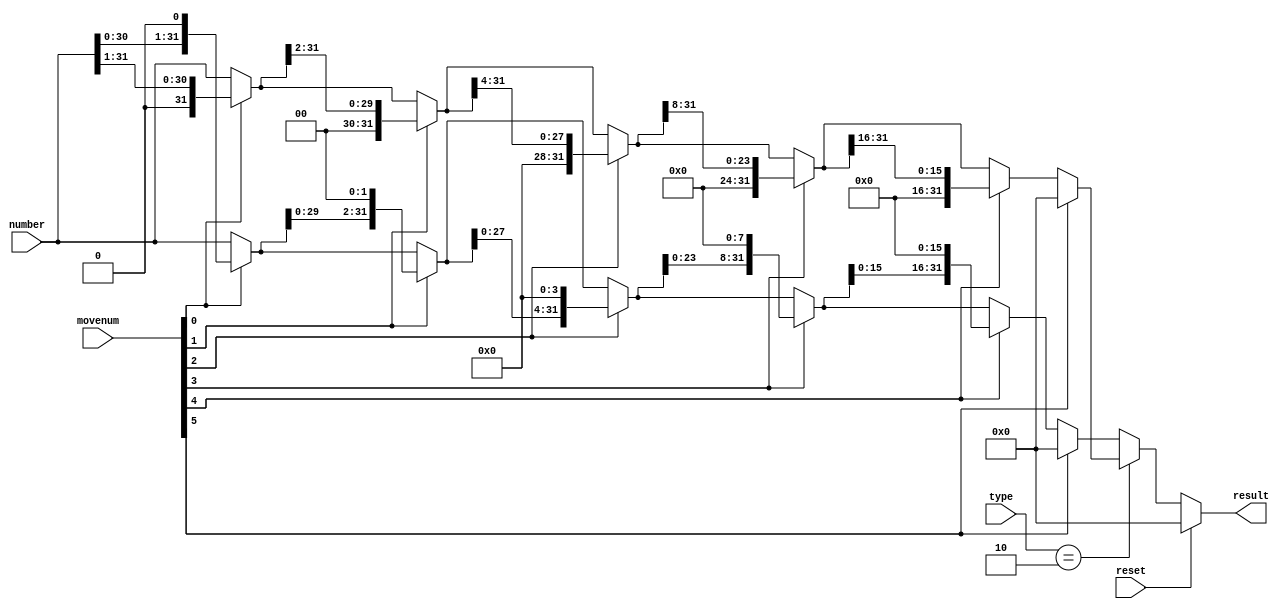
`timescale 1ns/ 1ns
module SHIFT( type,number, movenum, result,reset  ) ;

input[31:0] number,movenum ;
input[5:0] type ;
input reset ;
output[31:0] result ;
wire[31:0] number,movenum ;
wire[5:0] type ;
wire[31:0] leftresult, rightresult ;
wire[31:0] lefttemp0, lefttemp1,lefttemp2,lefttemp3,lefttemp4,lefttemp5 ;
wire[31:0] righttemp0, righttemp1,righttemp2,righttemp3,righttemp4,righttemp5 ; 
wire reset ;
parameter SRL = 6'd2 ;

assign lefttemp0 = ( movenum[0] == 1 )? { number[30:0],1'b0 } : number ;
assign lefttemp1 = ( movenum[1] == 1 )? { lefttemp0[29:0],2'b0 }: lefttemp0 ;
assign lefttemp2 = ( movenum[2] == 1 )? { lefttemp1[27:0],4'b0 } : lefttemp1 ;
assign lefttemp3 = ( movenum[3] == 1 )? { lefttemp2[23:0],8'b0 } : lefttemp2 ;
assign lefttemp4 = ( movenum[4] == 1 )? { lefttemp3[15:0],16'b0 }: lefttemp3 ;
assign lefttemp5 = ( movenum[5] == 1 )?  32'b0 : lefttemp4 ;

assign righttemp0 = ( movenum[0] == 1 ) ? {1'b0, number[31:1]} : number ;
assign righttemp1 = ( movenum[1] == 1 ) ? {2'b0, righttemp0[31:2]} : righttemp0 ;
assign righttemp2 = ( movenum[2] == 1 ) ? {4'b0, righttemp1[31:4]} : righttemp1 ;
assign righttemp3 = ( movenum[3] == 1 ) ? {8'b0, righttemp2[31:8]} : righttemp2 ;
assign righttemp4 = ( movenum[4] == 1 ) ? {16'b0, righttemp3[31:16]} : righttemp3 ;
assign righttemp5 = ( movenum[5] == 1 ) ? 32'b0 : righttemp4 ;

assign result = (reset)? 0 : ( ( type == SRL )? righttemp5:lefttemp5)  ;





endmodule